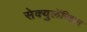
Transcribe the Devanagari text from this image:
सेक्युलॅरिझम